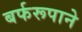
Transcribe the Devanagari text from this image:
बर्फरूपाने